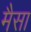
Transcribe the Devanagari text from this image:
मैसा